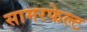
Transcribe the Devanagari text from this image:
सामरफेल्ट